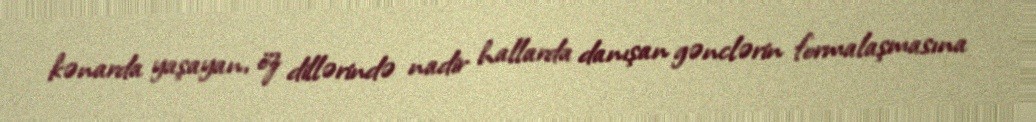
kənarda yaşayan, öz dillərində nadir hallarda danışan gənclərin formalaşmasına